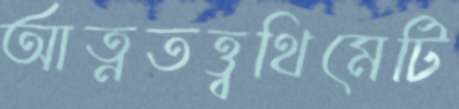
আত্নতত্ত্বথিমেটি